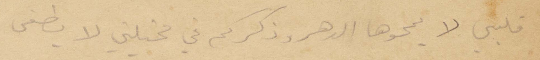
قلبي لا يمحوها الدهر وذكركم في مخيلتي لا يطفي